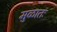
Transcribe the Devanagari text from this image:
मुळातः